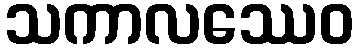
သကာလဿေဝ